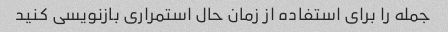
جمله را برای استفاده از زمان حال استمراری بازنویسی کنید